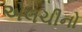
એલચીનો